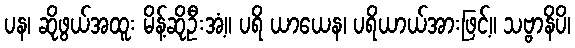
ပန၊ ဆိုဖွယ်အထူး မိန့်ဆိုဦးအံ့။ ပရိ ယာယေန၊ ပရိယာယ်အားဖြင့်။ သဗ္ဗာနိပိ၊